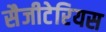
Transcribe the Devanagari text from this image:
सैजीटेरियस